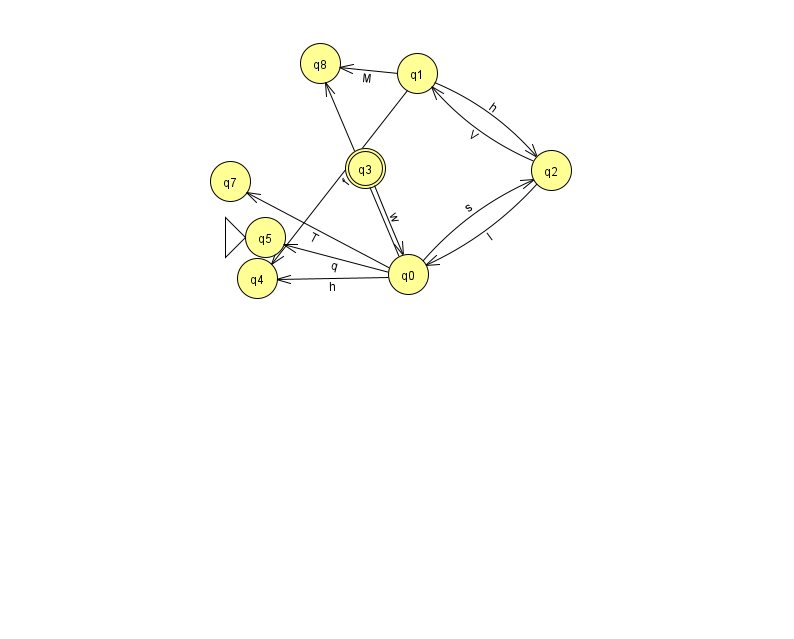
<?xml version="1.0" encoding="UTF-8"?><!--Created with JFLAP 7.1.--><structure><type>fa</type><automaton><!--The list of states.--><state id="0" name="q0"><x>408.0</x><y>261.0</y></state><state id="1" name="q1"><x>417.0</x><y>60.0</y></state><state id="2" name="q2"><x>551.0</x><y>157.0</y></state><state id="3" name="q3"><x>365.0</x><y>155.0</y><final/></state><state id="4" name="q4"><x>257.0</x><y>265.0</y></state><state id="5" name="q5"><x>265.0</x><y>224.0</y><initial/></state><state id="7" name="q7"><x>230.0</x><y>168.0</y></state><state id="8" name="q8"><x>320.0</x><y>50.0</y></state><!--The list of transitions.--><transition><from>1</from><to>4</to><read>f</read></transition><transition><from>0</from><to>5</to><read>q</read></transition><transition><from>0</from><to>8</to><read>a</read></transition><transition><from>1</from><to>2</to><read>h</read></transition><transition><from>2</from><to>0</to><read>I</read></transition><transition><from>2</from><to>1</to><read>V</read></transition><transition><from>3</from><to>0</to><read>w</read></transition><transition><from>0</from><to>2</to><read>s</read></transition><transition><from>0</from><to>7</to><read>T</read></transition><transition><from>0</from><to>4</to><read>h</read></transition><transition><from>1</from><to>8</to><read>M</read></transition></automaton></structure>